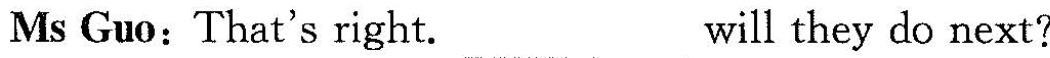
Ms Guo: That's right. ___will they do next?